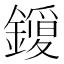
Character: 𮣈